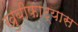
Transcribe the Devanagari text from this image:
खुबीफाट्यास